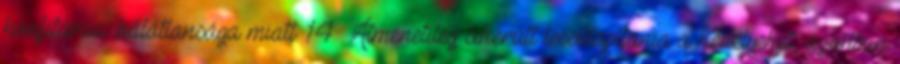
honfitársai hálátlansága miatt. 14 Átmenetileg sikerült lecsillapítania a kedélyeket, azonban